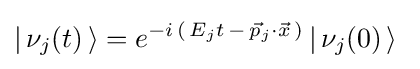
\left|\,\nu _{j}(t)\,\right\rangle =e^{-i\,\left(\,E_{j}t\,-\,{\vec {p}}_{j}\cdot {\vec {x}}\,\right)}\left|\,\nu _{j}(0)\,\right\rangle ~